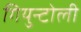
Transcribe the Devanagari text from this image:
गियुन्टोली